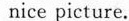
nice picture.